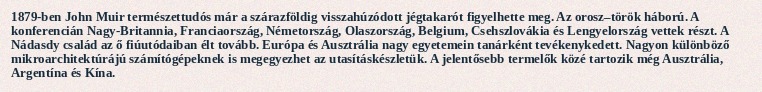
1879-ben John Muir természettudós már a szárazföldig visszahúzódott jégtakarót figyelhette meg. Az orosz–török háború. A konferencián Nagy-Britannia, Franciaország, Németország, Olaszország, Belgium, Csehszlovákia és Lengyelország vettek részt. A Nádasdy család az ő fiúutódaiban élt tovább. Európa és Ausztrália nagy egyetemein tanárként tevékenykedett. Nagyon különböző mikroarchitektúrájú számítógépeknek is megegyezhet az utasításkészletük. A jelentősebb termelők közé tartozik még Ausztrália, Argentína és Kína.